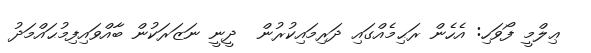
ޢިލްމީ ފޯވަހި: އެހެން ރަޙިމެއްގައި ދަރިމައިކުރުން  ދީނީ ނަޒަރަކުން ބާއްވައިފިމުޙައްމަދު